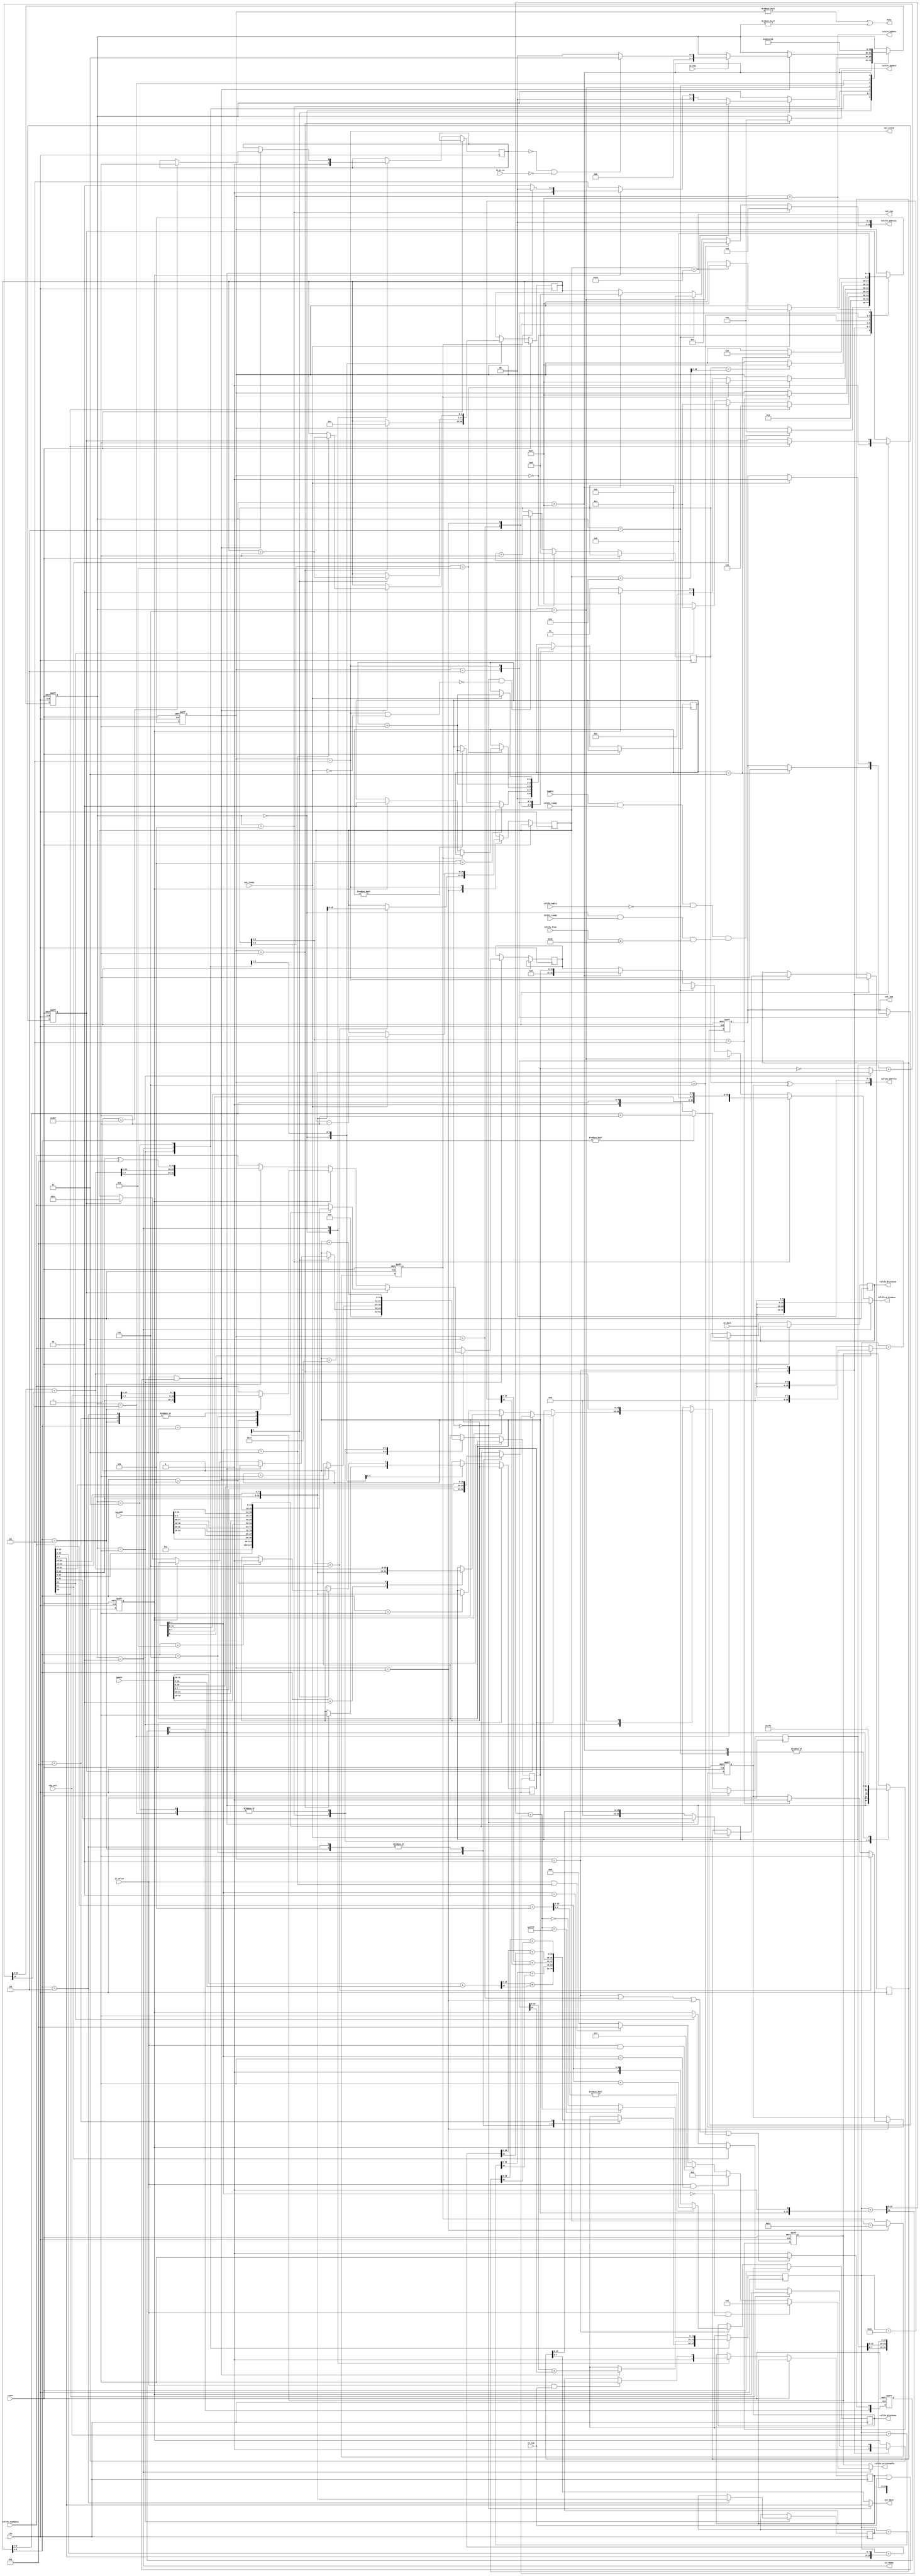
// ===================================================================
// TITLE : PERIDOT Ethernet I/O Extender / UDP to Packet Transaction
//
//     DESIGN : s.osafune@j7system.jp (J-7SYSTEM WORKS LIMITED)
//            : 2022/09/23 (FIXED)
//
// ===================================================================
//
// The MIT License (MIT)
// Copyright (c) 2022 J-7SYSTEM WORKS LIMITED.
//
// Permission is hereby granted, free of charge, to any person obtaining a copy of
// this software and associated documentation files (the "Software"), to deal in
// the Software without restriction, including without limitation the rights to
// use, copy, modify, merge, publish, distribute, sublicense, and/or sell copies
// of the Software, and to permit persons to whom the Software is furnished to do
// so, subject to the following conditions:
//
// The above copyright notice and this permission notice shall be included in all
// copies or substantial portions of the Software.
//
// THE SOFTWARE IS PROVIDED "AS IS", WITHOUT WARRANTY OF ANY KIND, EXPRESS OR
// IMPLIED, INCLUDING BUT NOT LIMITED TO THE WARRANTIES OF MERCHANTABILITY,
// FITNESS FOR A PARTICULAR PURPOSE AND NONINFRINGEMENT. IN NO EVENT SHALL THE
// AUTHORS OR COPYRIGHT HOLDERS BE LIABLE FOR ANY CLAIM, DAMAGES OR OTHER
// LIABILITY, WHETHER IN AN ACTION OF CONTRACT, TORT OR OTHERWISE, ARISING FROM,
// OUT OF OR IN CONNECTION WITH THE SOFTWARE OR THE USE OR OTHER DEALINGS IN THE
// SOFTWARE.
//

// []
// RXFIFOARP(MAC/IP),ICMP(/IP),
// UDP/IP(/IP/)
// 
// UDP = IPLEN - 28 UDPLEN
//
// IPICMP
// UDP
//  ENABLE_UDP_CHECKSUM = 1 
//

// Verilog-2001 / IEEE 1364-2001
`default_nettype none

module peridot_ethio_udp2packet #(
	parameter RXFIFO_BLOCKNUM_BITWIDTH	= 6,	// FIFO (2^n) : 4
	parameter TXFIFO_BLOCKNUM_BITWIDTH	= 6,	// FIFO (2^n) : 4
	parameter FIFO_BLOCKSIZE_BITWIDTH	= 6,	//  (2^n) : 2
	parameter UDPPAYLOAD_LENGTH_MAX		= 1472,	// UDP(5121472, 1500-(IP+UDP))
	parameter ENABLE_UDP_CHECKSUM		= 1		// 1=UDP 
) (
	input wire			reset,
	input wire			clk,
	input wire			enable,			// 1= 
	output wire			busy,			//  

	input wire  [47:0]	macaddr,		// MAC 
	input wire  [31:0]	ipaddr,			// IP 
	input wire  [15:0]	udp_port,		// UDP 

	// FIFO 
	input wire			rxfifo_ready,
	output wire			rxfifo_update,
	output wire [RXFIFO_BLOCKNUM_BITWIDTH-1:0] rxfifo_blocknum,
	input wire			rxfifo_empty,
	output wire [10:0]	rxfifo_address,
	input wire  [31:0]	rxfifo_readdata,

	// FIFO 
	input wire			txfifo_ready,
	output wire			txfifo_update,
	output wire [TXFIFO_BLOCKNUM_BITWIDTH-1:0] txfifo_blocknum,
	input wire  [TXFIFO_BLOCKNUM_BITWIDTH-1:0] txfifo_free,
	output wire [10:0]	txfifo_address,
	output wire [31:0]	txfifo_writedata,
	output wire [3:0]	txfifo_writeenable,

	// Avalon-ST Source(UDP) 
	input wire			out_ready,
	output wire			out_valid,
	output wire [7:0]	out_data,
	output wire			out_sop,
	output wire			out_eop,

	// Avalon-ST Sink(UDP) 
	output wire			in_ready,
	input wire			in_valid,
	input wire [7:0]	in_data,
	input wire			in_sop,
	input wire			in_eop,
	input wire			in_error	// eop 
);


/* =====  ========== */



/* -----  ------------------ */

	localparam	STATE_RXIDLE	= 5'd0,
				STATE_RXSTART1	= 5'd1,
				STATE_RXSTART2	= 5'd2,
				STATE_RXARP		= 5'd3,
				STATE_RXIP		= 5'd4,
				STATE_RXICMP	= 5'd5,
				STATE_RXUDP		= 5'd6,
				STATE_RXPAYLOAD	= 5'd7,
				STATE_RXDONE	= 5'd31;

	localparam	STATE_TXIDLE	= 5'd0,
				STATE_TXHEADER	= 5'd1,
				STATE_TXPAYLOAD	= 5'd2,
				STATE_TXUDPEND	= 5'd3,
				STATE_TXUDPLEN	= 5'd4,
				STATE_TXIPLEN	= 5'd5,
				STATE_TXIPSUM	= 5'd6,
				STATE_TXCLOSE	= 5'd7,
				STATE_TXDONE	= 5'd31;

	localparam RX_SOP_BYTEADDR		= 20 + 8;		// UDP(IP) 
	localparam RX_EOP_DATACOUNT		= 20 + 8 + 1;	// UDP 
	localparam TX_PACKET_BYTENUM	= (36 + UDPPAYLOAD_LENGTH_MAX + (2 ** FIFO_BLOCKSIZE_BITWIDTH) - 1) / (2 ** FIFO_BLOCKSIZE_BITWIDTH);
	localparam TX_PACKET_BLOCKNUM	= TX_PACKET_BYTENUM[TXFIFO_BLOCKNUM_BITWIDTH-1:0];
	localparam TX_ARPDATANUM		= 36 - 8;		// ARP 
	localparam TX_DATANUM_MAX		= UDPPAYLOAD_LENGTH_MAX - 1;


/*  */

/* =====  ====================== */
	wire			reset_sig = reset;		//  
	wire			clock_sig = clk;		//  

	reg  [4:0]		rxstate_reg;
	reg				arp_reg;
	reg				udp_reg;
	reg				no_payload_reg;
	reg				rxaddr_inv_reg;
	reg  [10:0]		rxdatanum_reg;
	reg  [1:0]		rxfifo_hold_reg;
	reg  [31:8]		rx_data_reg;
	reg				out_sop_reg;
	reg  [8:0]		rxfifo_addr_reg;
	reg  [1:0]		rxdata_ena_reg;
	reg  [RXFIFO_BLOCKNUM_BITWIDTH-1:0] rxfifo_blocknum_reg;
	wire [10:0]		icmp_endaddr_sig;
	wire [10:0]		total_rxbytenum_sig;
	wire [RXFIFO_BLOCKNUM_BITWIDTH-1:0] update_rxblocknum_sig, rxfifo_blocknum_sig;
	wire [31:0]		readdata_sig;
	wire			readdatavalid_sig;

	reg  [4:0]		txstate_reg;
	reg				header_reg;
	reg				err_reject_reg;
	reg				packet_reg;
	reg  [10:0]		txdatanum_reg;
	reg  [15:0]		databuff_reg;
	reg  [31:0]		writedata_reg;
	reg  [3:0]		writeenable_reg;
	reg  [8:0]		txfifo_addr_reg;
	reg  [TXFIFO_BLOCKNUM_BITWIDTH-1:0] txfifo_blocknum_reg;
	wire			txstate_ready_sig;
	wire [10:0]		txdatanum_add_sig;
	wire [TXFIFO_BLOCKNUM_BITWIDTH-1:0] update_txblocknum_sig, txfifo_blocknum_sig;
	wire [8:0]		txfifo_addr_sig;
	wire [31:0]		txfifo_data_sig;
	wire [3:0]		txfifo_writeena_sig, byte_ena_sig;
	wire [15:0]		sum_data_sig, sum_result_sig;

	reg  [15:0]		sumadd_buff_reg;
	reg  [15:0]		udpsum_reg;
	wire [15:0]		udpsum_lenadd_sig, udpsum_result_sig;


/* wirereg */

/* =====  ============== */



/* =====  ============== */

	//  

	assign busy = (rxstate_reg != STATE_RXIDLE || txstate_reg != STATE_TXIDLE);

	always @(posedge clock_sig or posedge reset_sig) begin
		if (reset_sig) begin
			rxstate_reg <= STATE_RXIDLE;
			arp_reg <= 1'b0;
			udp_reg <= 1'b0;
			no_payload_reg <= 1'b0;
			out_sop_reg <= 1'b0;
			rxaddr_inv_reg <= 1'b0;
			rxdata_ena_reg <= 2'b00;
		end
		else begin
			case (rxstate_reg)

			// RXFIFOTXFIFO 
			STATE_RXIDLE : begin
				if (enable && rxfifo_ready && !rxfifo_empty && txstate_ready_sig) begin
					rxstate_reg <= STATE_RXSTART1;
				end

				rxfifo_hold_reg <= 2'd0;
			end

			//  : RXFIFO[0]
			STATE_RXSTART1 : begin
				rxstate_reg <= STATE_RXSTART2;
				arp_reg <= 1'b0;
				udp_reg <= 1'b0;
			end
			STATE_RXSTART2 : begin
				rxfifo_blocknum_reg <= rxfifo_blocknum_sig;

				if (rxfifo_readdata[16]) begin
					rxstate_reg <= STATE_RXARP;
					arp_reg <= 1'b1;
				end
				else if (rxfifo_readdata[21]) begin
					rxstate_reg <= STATE_RXIP;
				end
				else if (rxfifo_readdata[23]) begin
					rxstate_reg <= STATE_RXIP;
					udp_reg <= 1'b1;
				end
				else begin
					rxstate_reg <= STATE_RXDONE;
				end
			end

			// Ethernet v2ARP : RXFIFO[1]RXFIFO[7]([5]2)
			STATE_RXARP : begin
				if (rxfifo_addr_reg[2:0] == 3'd7) begin
					rxstate_reg <= STATE_RXDONE;
				end

				if (rxfifo_addr_reg[2:0] == 3'd4) begin
					rxfifo_hold_reg <= 2'd2;
				end
				else if (rxfifo_hold_reg) begin
					rxfifo_hold_reg <= rxfifo_hold_reg + 1'd1;
				end
			end

			// Ethernet v2IPICMP,UDP : RXFIFO[1][9]
			STATE_RXIP : begin
				if (rxfifo_addr_reg[3:0] == 4'd9) begin
					if (no_payload_reg) begin
						rxstate_reg <= STATE_RXDONE;
					end
					else if (udp_reg) begin
						rxstate_reg <= STATE_RXUDP;
						rxfifo_hold_reg <= 2'd2;
					end
					else begin
						rxstate_reg <= STATE_RXICMP;
					end
				end

				// IP : RXFIFO[3] + readdata latency 2
				if (rxfifo_addr_reg[2:0] == 3'd5) begin
					rxdatanum_reg <= {rxfifo_readdata[18:16], rxfifo_readdata[31:24]};
				end

				no_payload_reg <= (rxdatanum_reg == 11'd28);	// ICMPUDP 

				// IP(RXFIFO[6])IP(RXFIFO[7]) 
				if (rxfifo_addr_reg[2:0] == 3'd5) begin
					rxaddr_inv_reg <= 1'b1;
				end
				else if (rxfifo_addr_reg[2:0] == 3'd7) begin
					rxaddr_inv_reg <= 1'b0;
				end
			end

			// ICMP() 
			STATE_RXICMP : begin
				if (rxfifo_addr_reg == icmp_endaddr_sig[10:2]) begin
					rxstate_reg <= STATE_RXDONE;
				end
			end

			// UDP() 
			STATE_RXUDP : begin
				rxfifo_hold_reg <= rxfifo_hold_reg + 1'd1;

				if (rxfifo_hold_reg == 2'd3) begin
					rxstate_reg <= STATE_RXPAYLOAD;
					out_sop_reg <= 1'b1;
				end
			end

			// UDP 
			STATE_RXPAYLOAD : begin
				if (out_ready) begin
					out_sop_reg <= 1'b0;
					rxdatanum_reg <= rxdatanum_reg - 1'd1;

					if (rxdatanum_reg == RX_EOP_DATACOUNT[10:0]) begin
						rxstate_reg <= STATE_RXDONE;
					end

					rxfifo_hold_reg <= rxfifo_hold_reg + 1'd1;

					if (!rxfifo_hold_reg) begin
						rx_data_reg <= rxfifo_readdata[31:8];
					end
					else begin
						rx_data_reg <= {8'h00, rx_data_reg[31:16]};
					end
				end

			end

			// RXFIFO 
			STATE_RXDONE : begin
				rxstate_reg <= STATE_RXIDLE;
			end

			endcase


			// FIFO 
			if (rxstate_reg == STATE_RXIDLE) begin
				rxfifo_addr_reg <= 1'd0;
			end
			else if (!rxfifo_hold_reg && !(rxstate_reg == STATE_RXPAYLOAD && !out_ready)) begin
				rxfifo_addr_reg <= rxfifo_addr_reg + 1'd1;
			end

			// FIFO(2) 
			if (rxstate_reg == STATE_RXSTART2 || rxstate_reg == STATE_RXARP || rxstate_reg == STATE_RXIP || rxstate_reg == STATE_RXICMP) begin
				rxdata_ena_reg[0] <= 1'b1;
			end
			else begin
				rxdata_ena_reg[0] <= 1'b0;
			end
			rxdata_ena_reg[1] <= rxdata_ena_reg[0];
		end
	end

	assign icmp_endaddr_sig = rxdatanum_reg + 4'd11;	// 6(SA) + 2(TYPE) + 3(padding)

	assign total_rxbytenum_sig = rxfifo_readdata[10:0] + 11'd4;
	assign update_rxblocknum_sig = total_rxbytenum_sig[10:FIFO_BLOCKSIZE_BITWIDTH];
	assign rxfifo_blocknum_sig = (total_rxbytenum_sig[FIFO_BLOCKSIZE_BITWIDTH-1:0])? update_rxblocknum_sig + 1'd1 : update_rxblocknum_sig;

	assign rxfifo_update = (rxstate_reg == STATE_RXDONE);
	assign rxfifo_blocknum = rxfifo_blocknum_reg;
	assign rxfifo_address = {rxfifo_addr_reg ^ {8'b0, rxaddr_inv_reg}, 2'b00};

	assign readdata_sig = rxfifo_readdata;
	assign readdatavalid_sig = rxdata_ena_reg[1];

	assign out_valid = (rxstate_reg == STATE_RXPAYLOAD);
	assign out_data = (!rxfifo_hold_reg)? rxfifo_readdata[7:0] : rx_data_reg[15:8];
	assign out_sop = out_sop_reg;
	assign out_eop = (rxdatanum_reg == RX_EOP_DATACOUNT[10:0]);


	//  

	assign txstate_ready_sig = (txstate_reg == STATE_TXIDLE && txfifo_ready && txfifo_free >= TX_PACKET_BLOCKNUM);

	always @(posedge clock_sig or posedge reset_sig) begin
		if (reset_sig) begin
			txstate_reg <= STATE_TXIDLE;
			writeenable_reg <= 4'b0000;
		end
		else begin
			case (txstate_reg)

			//  
			STATE_TXIDLE : begin
				if (rxstate_reg == STATE_RXSTART1) begin
					txstate_reg <= STATE_TXHEADER;
					header_reg <= 1'b1;
					txfifo_addr_reg <= 1'd1;
				end

				err_reject_reg <= 1'b0;
				packet_reg <= 1'b0;
				txdatanum_reg <= 1'd0;
			end

			// ARP,ICMP,UDP/IP 
			STATE_TXHEADER : begin
				writeenable_reg <= {4{readdatavalid_sig}};

				if (writeenable_reg[0]) begin
					txfifo_addr_reg <= txfifo_addr_reg + 1'd1;

					if (!readdatavalid_sig) begin
						if (udp_reg) begin
							if (!no_payload_reg) begin
								txstate_reg <= STATE_TXPAYLOAD;
							end
							else begin
								txstate_reg <= STATE_TXIDLE;	// UDP 
							end
						end
						else begin
							txstate_reg <= STATE_TXCLOSE;

							if (arp_reg) begin
								txdatanum_reg <= TX_ARPDATANUM[10:0];
							end
							else begin
								txdatanum_reg <= rxdatanum_reg;
							end
						end
					end

					if (txfifo_addr_reg[3:0] == 4'd9) begin
						header_reg <= 1'b0;
					end
				end

				if (header_reg) begin
					if (arp_reg) begin
						// ARP 
						case (txfifo_addr_reg[3:0])
						4'd3 : writedata_reg <= {8'h02, readdata_sig[23:0]};			// ARP(0x0001)ARP(0x0002) 
						4'd4 : writedata_reg <= {macaddr[23:16], macaddr[31:24], macaddr[39:32], macaddr[47:40]};
						4'd5 : {databuff_reg, writedata_reg} <= {ipaddr[7:0], ipaddr[15:8], ipaddr[23:16], ipaddr[31:24], macaddr[7:0], macaddr[15:8]};
						4'd6 : {databuff_reg, writedata_reg} <= {readdata_sig, databuff_reg};
						4'd7 : {databuff_reg, writedata_reg} <= {readdata_sig, databuff_reg};
						4'd8 : writedata_reg <= {readdata_sig[15:0], databuff_reg};
						default : writedata_reg <= readdata_sig;
						endcase
					end
					else if (udp_reg) begin
						// UDP/IP 
						case (txfifo_addr_reg[3:0])
						4'd2 : {databuff_reg, writedata_reg} <= {readdata_sig[23:16], readdata_sig[31:24], readdata_sig};	// IP 
						4'd4 : {databuff_reg, writedata_reg} <= {sum_result_sig, readdata_sig};								//  
						4'd7 : writedata_reg <= {readdata_sig[15:0], {udp_port[7:0], udp_port[15:8]}};						//  
						default : writedata_reg <= readdata_sig;
						endcase
					end
					else begin
						// ICMP/IP 
						case (txfifo_addr_reg[3:0])
						4'd1 : {databuff_reg, writedata_reg} <= {readdata_sig[23:16], readdata_sig[31:24], readdata_sig};	// 0x0800 
						4'd7 : writedata_reg <= {sum_result_sig[7:0], sum_result_sig[15:8], readdata_sig[15:0] ^ 16'h8};	// (0x08)(0x00) 
						default : writedata_reg <= readdata_sig;
						endcase
					end
				end
				else begin
					writedata_reg <= readdata_sig;
				end
			end


			// UDP 
			STATE_TXPAYLOAD : begin
				if (in_valid && in_sop) begin
					packet_reg <= 1'b1;
				end

				if (in_valid && (packet_reg || in_sop)) begin
					txdatanum_reg <= txdatanum_reg + 1'd1;

					if (txdatanum_reg[1:0] == 2'd3) begin
						txfifo_addr_reg <= txfifo_addr_reg + 1'd1;
					end

					if (txdatanum_reg == TX_DATANUM_MAX[10:0]) begin
						err_reject_reg <= 1'b1;
					end

					if (in_eop) begin
						if (!err_reject_reg && !in_error) begin
							txstate_reg <= STATE_TXUDPEND;
						end
						else begin	// eopin_error 
							txstate_reg <= STATE_TXIDLE;
						end
					end
				end
			end

			// UDP 
			STATE_TXUDPEND : begin
				txstate_reg <= STATE_TXUDPLEN;
				txdatanum_reg <= txdatanum_reg + 11'd8;
				writeenable_reg <= 4'b1111;
			end
			STATE_TXUDPLEN : begin
				txstate_reg <= STATE_TXIPLEN;
				txdatanum_reg <= txdatanum_reg + 11'd20;
				writeenable_reg <= 4'b1100;
			end
			STATE_TXIPLEN : begin
				txstate_reg <= STATE_TXIPSUM;
				databuff_reg <= sum_result_sig;
			end
			STATE_TXIPSUM : begin
				txstate_reg <= STATE_TXCLOSE;
				writeenable_reg <= 4'b0000;
			end

			// TXFIFO 
			STATE_TXCLOSE : begin
				txstate_reg <= STATE_TXDONE;
				txdatanum_reg <= txdatanum_reg + 11'd8;
				writeenable_reg <= 4'b1111;
				txfifo_blocknum_reg <= txfifo_blocknum_sig;
			end
			STATE_TXDONE : begin
				txstate_reg <= STATE_TXIDLE;
				writeenable_reg <= 4'b0000;
			end

			endcase
		end
	end

	assign update_txblocknum_sig = txfifo_addr_reg[8:FIFO_BLOCKSIZE_BITWIDTH-2];
	assign txfifo_blocknum_sig = (txfifo_addr_reg[(FIFO_BLOCKSIZE_BITWIDTH-2)-1:0])? update_txblocknum_sig + 1'd1 : update_txblocknum_sig;

	assign txfifo_addr_sig =
				(txstate_reg == STATE_TXUDPLEN)? 9'd9 :		// UDP/UDP : TXFIFO[9]
				(txstate_reg == STATE_TXIPLEN)? 9'd3 :		// IP  : TXFIFO[3]
				(txstate_reg == STATE_TXIPSUM)? 9'd5 :		// IPSUM : TXFIFO[5]
				(txstate_reg == STATE_TXDONE)? 9'd0 :		// TXFIFO  : TXFIFO[0]
				txfifo_addr_reg;

	assign txfifo_data_sig =
				(txstate_reg == STATE_TXPAYLOAD)? {4{in_data}} :
				(txstate_reg == STATE_TXUDPLEN)? {udpsum_result_sig[7:0], udpsum_result_sig[15:8], txdatanum_reg[7:0], 5'b0, txdatanum_reg[10:8]} :
				(txstate_reg == STATE_TXIPLEN)? {txdatanum_reg[7:0], 5'b0, txdatanum_reg[10:8], {16{1'bx}}} :
				(txstate_reg == STATE_TXIPSUM)? {databuff_reg[7:0], databuff_reg[15:8], {16{1'bx}}} :
				(txstate_reg == STATE_TXDONE)? {21'b0, txdatanum_reg} :
				writedata_reg;

	assign byte_ena_sig =
				(in_valid && txdatanum_reg[1:0] == 2'd0)? 4'b0001 :
				(in_valid && txdatanum_reg[1:0] == 2'd1)? 4'b0010 :
				(in_valid && txdatanum_reg[1:0] == 2'd2)? 4'b0100 :
				(in_valid && txdatanum_reg[1:0] == 2'd3)? 4'b1000 :
				4'b0000;
	assign txfifo_writeena_sig =
				(txstate_reg == STATE_TXPAYLOAD)? byte_ena_sig :
				writeenable_reg;

	assign txfifo_update = (txstate_reg == STATE_TXDONE);
	assign txfifo_blocknum = txfifo_blocknum_reg;
	assign txfifo_address = {txfifo_addr_sig, 2'b00};
	assign txfifo_writedata = txfifo_data_sig;
	assign txfifo_writeenable = txfifo_writeena_sig;

	assign in_ready = (txstate_reg == STATE_TXPAYLOAD);


	// IP,ICMP 

	function [15:0] checksum_adder (input [15:0] sum1, input [15:0] sum2);
		reg [16:0]	temp_sum;
	begin
		temp_sum = sum1 + sum2;
		checksum_adder = temp_sum[15:0] + temp_sum[16];
	end
	endfunction

	assign sum_data_sig =
				(txstate_reg == STATE_TXHEADER)? {readdata_sig[23:16], readdata_sig[31:24]} :
				~{5'b0, txdatanum_reg};
	assign sum_result_sig = checksum_adder(databuff_reg, sum_data_sig);


	// UDP 

	always @(posedge clock_sig) begin
		case (txstate_reg)
		STATE_TXHEADER : begin
			if (txfifo_addr_reg[3:0] == 4'd6) begin
				sumadd_buff_reg <= {readdata_sig[23:16], readdata_sig[31:24]};			// IP()
			end

			case (txfifo_addr_reg[3:0])
			4'd3 : udpsum_reg <= checksum_adder(ipaddr[31:16], ipaddr[15:0]);			// IP 
			4'd4 : udpsum_reg <= checksum_adder(udpsum_reg, udp_port);					//  
			4'd5 : udpsum_reg <= checksum_adder(udpsum_reg, 16'h0011 + 16'd8 + 16'd8);	// UDP + () 
			4'd6 : udpsum_reg <= checksum_adder(udpsum_reg, {readdata_sig[7:0], readdata_sig[15:8]});	// IP()
			4'd7 : udpsum_reg <= checksum_adder(udpsum_reg, {readdata_sig[7:0], readdata_sig[15:8]});	//  
			4'd8 : udpsum_reg <= checksum_adder(udpsum_reg, sumadd_buff_reg);							// IP()
			endcase
		end

		STATE_TXPAYLOAD : begin
			if (in_valid && (packet_reg || in_sop)) begin
				udpsum_reg <= checksum_adder(udpsum_reg, (txdatanum_reg[0])? {8'h00, in_data} : {in_data, 8'h00});
			end
		end

		STATE_TXUDPEND : begin
			udpsum_reg <= (udpsum_lenadd_sig == 16'hffff)? udpsum_lenadd_sig : ~udpsum_lenadd_sig;
		end
		endcase
	end

	assign udpsum_lenadd_sig = checksum_adder(udpsum_reg, {4'b0, txdatanum_reg, 1'b0});
	assign udpsum_result_sig = (!ENABLE_UDP_CHECKSUM)? 16'h0000 : udpsum_reg;



endmodule

`default_nettype wire